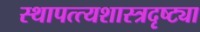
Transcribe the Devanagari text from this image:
स्थापत्त्यशास्त्रदृष्ट्या